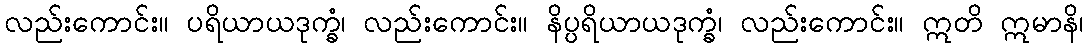
လည်းကောင်း။ ပရိယာယဒုက္ခံ၊ လည်းကောင်း။ နိပ္ပရိယာယဒုက္ခံ၊ လည်းကောင်း။ ဣတိ ဣမာနိ၊